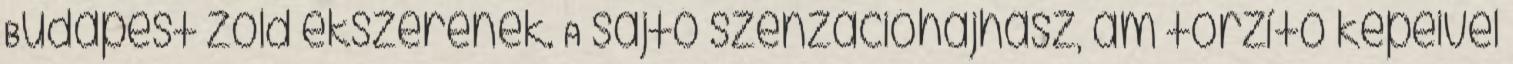
Budapest zöld ekszerének. A sajtó szenzációhajhász, ám torzító képeivel